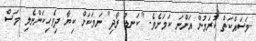
މަސައްކަތް ކުރަމުން އަންނަ ކަމަށެވެ. "ކަނޑު ރޯދި" ނަމަކަށް ކިޔާ ދިވެހިކަންނެލި މަސް